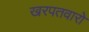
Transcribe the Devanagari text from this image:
खरपतवारो